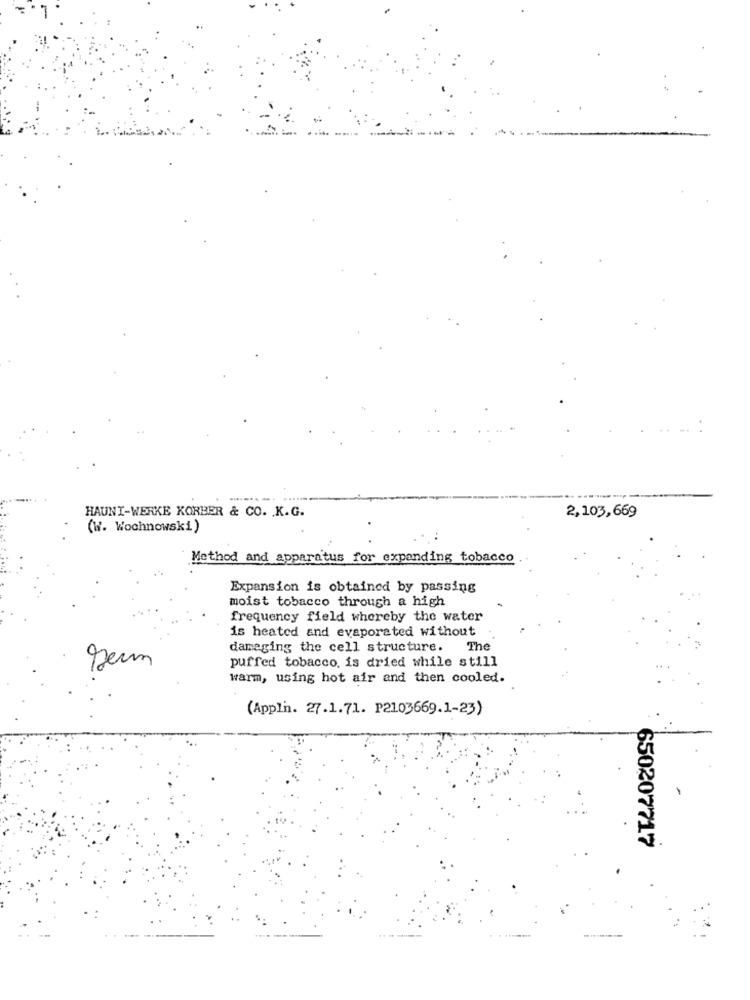
2,103,669
HAUNI-WERKE KORBER & CO. K.G.
(W. Wochnowski)
Method and apparatus for expanding tobacco
Expansion is obtained by passing
moist tobacco through a high
frequency field whereby the water
is heated and evaporated without
damaging the cell structure.
The
puffed tobacco. is dried while still
warm, using hot air and then cooled.
(Appli. 27.1.71. P2103669.1-23)
650207717